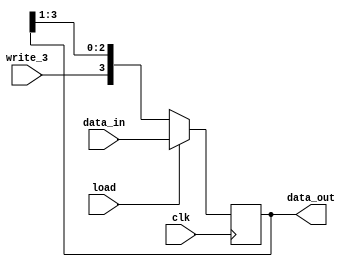
module shift4(input clk, load, write_3, input[3:0] data_in, output reg [3:0] data_out);

    always@(posedge clk) begin
        if(load)
            data_out <= data_in;
        else begin
            data_out <= {write_3, data_out[3:1]};
        end
    end

endmodule